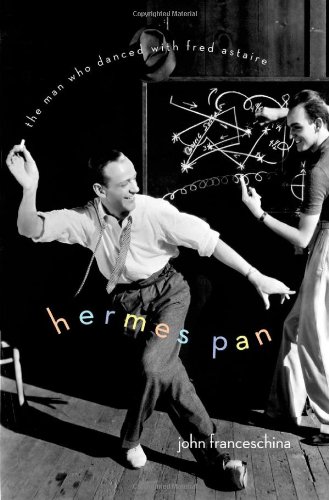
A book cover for Hermes Pan: The Man Who Danced with Fred Astaire; John Franceschina; Biographies & Memoirs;